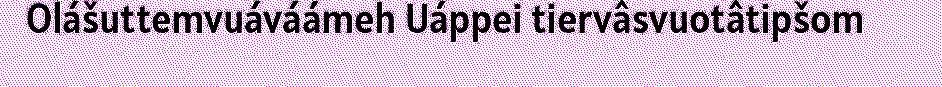
Olášuttemvuáváámeh Uáppei tiervâsvuotâtipšom